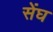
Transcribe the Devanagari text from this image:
सेंघ